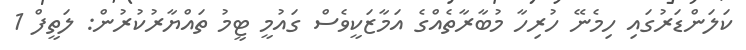
ކަލަންޑަރުގައި ހިމެނޭ ހުރިހާ މުބާރާތެއްގެ އަމާޒަކީވެސް ގައުމީ ޓީމު ތައްޔާރުކުރުން: ލަތީފް 1